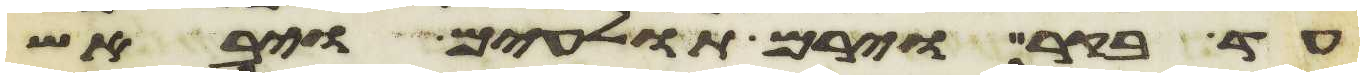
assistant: עד בקר וירם תולעים ויבאש